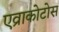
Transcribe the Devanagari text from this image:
एव्राकोटोस